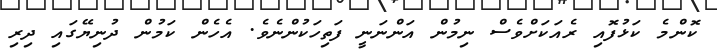
ކޮންމެ ކަޅުފޮއި ރެއަކަށްވެސް ނިމުން އަންނަނީ ފަތިހަކުންނެވެ. އެހެން ކަމުން ދުނިޔޭގައި ދިރި